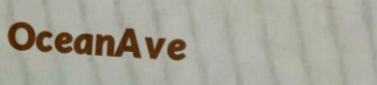
OceanAve